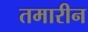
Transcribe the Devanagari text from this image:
तमारीन